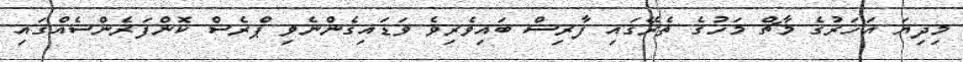
މިދިޔަ އަހަރުގެ މާޗް މަހުގެ ތެރޭގައި ފާރިސް ބައިވެރިވެ ވަޑައިގެންނެވި ޕްރެސް ކޮންފަރެންސެއްގައި